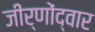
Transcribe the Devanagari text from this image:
जीर्णोंद्वार